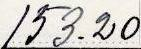
153.20